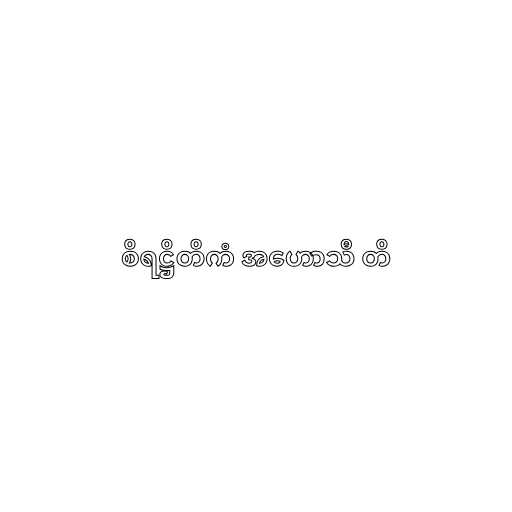
စိရဋ္ဌိတိကံ အဟောသီ တိ